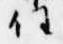
任